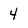
Character: 4